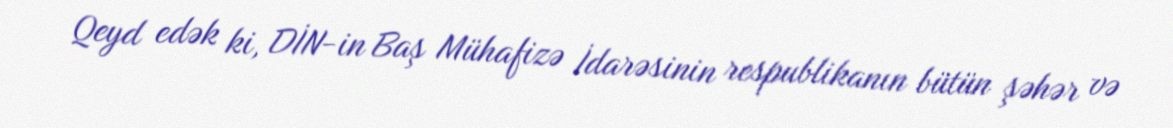
Qeyd edək ki, DİN-in Baş Mühafizə İdarəsinin respublikanın bütün şəhər və